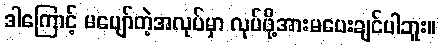
ဒါကြောင့် မပျော်တဲ့အလုပ်မှာ လုပ်ဖို့အားမပေးချင်ပါဘူး။